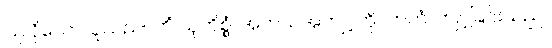
ပြုလိုသောသူသည်။ ကိံ သုကိစ္စံ၊ အဘယ်အကျင့်ကို။ ကတံ၊ ကျင့်ခြင်းသည်။